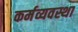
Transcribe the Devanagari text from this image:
कर्मव्यवस्था